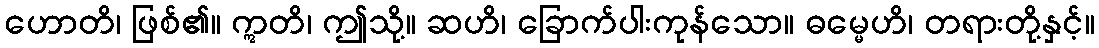
ဟောတိ၊ ဖြစ်၏။ ဣတိ၊ ဤသို့။ ဆဟိ၊ ခြောက်ပါးကုန်သော။ ဓမ္မေဟိ၊ တရားတို့နှင့်။